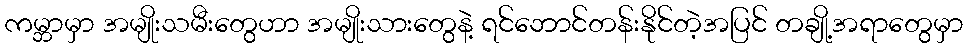
ကမ္ဘာမှာ အမျိုးသမီးတွေဟာ အမျိုးသားတွေနဲ့ ရင်ဘောင်တန်းနိုင်တဲ့အပြင် တချို့အရာတွေမှာ